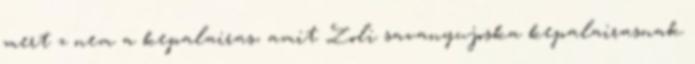
mert z nem a kepalairas, amit Zoli savanyujoska kepalairasnak